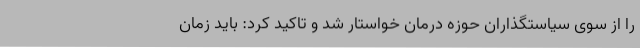
را از سوی سیاستگذاران حوزه درمان خواستار شد و تاکید کرد: باید زمان